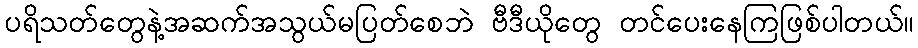
ပရိသတ်တွေနဲ့အဆက်အသွယ်မပြတ်စေဘဲ ဗီဒီယိုတွေ တင်ပေးနေကြဖြစ်ပါတယ်။